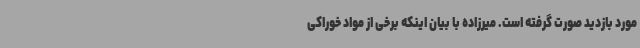
مورد بازدید صورت گرفته است. میرزاده با بیان اینکه برخی از مواد خوراکی